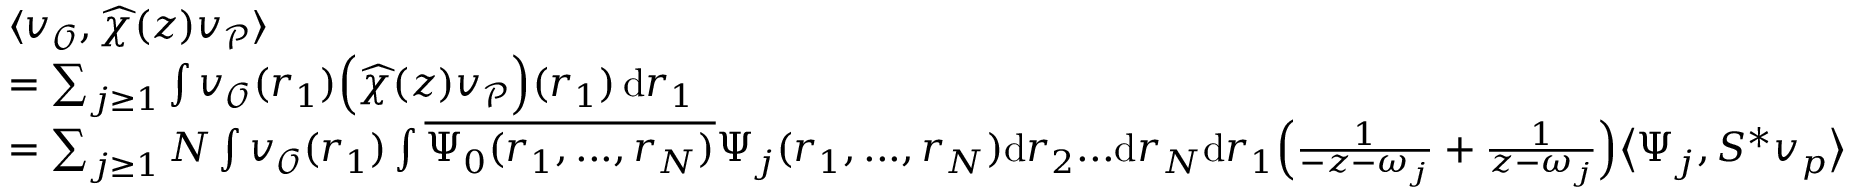
\begin{array} { r l } & { \langle v _ { \mathcal { O } } , \widehat { \chi } ( z ) v _ { \mathcal { P } } \rangle } \\ & { = \sum _ { j \ge 1 } \int v _ { \mathcal { O } } ( r _ { 1 } ) \Bigl ( \widehat { \chi } ( z ) v _ { \mathcal { P } } \Bigr ) ( r _ { 1 } ) \, \mathrm { d } r _ { 1 } } \\ & { = \sum _ { j \ge 1 } N \int v _ { \mathcal { O } } ( r _ { 1 } ) \int \overline { { \Psi _ { 0 } ( r _ { 1 } , . . . , r _ { N } ) } } \Psi _ { j } ( r _ { 1 } , . . . , r _ { N } ) \mathrm { d } r _ { 2 } . . . \mathrm { d } r _ { N } \mathrm { d } r _ { 1 } \Bigl ( \frac { 1 } { - z - \omega _ { j } } + \frac { 1 } { z - \omega _ { j } } \Bigr ) \bigl \langle \Psi _ { j } , S ^ { * } v _ { p } \bigr \rangle } \end{array}